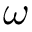
\omega